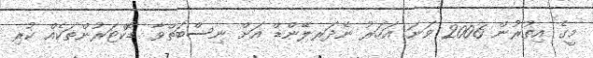
މީގެ އިތުރުން 2006 ވަނަ އަހަރު ނެދަރލޭންޑް އަށް ނިސްބަތްވާ ޑޮކްޓަރުންތަކެއް ކުރި